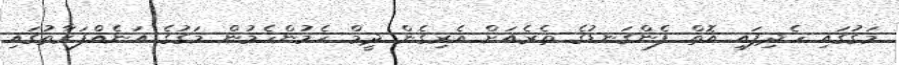
މަގުގައި ހެދިފައި އޮތް ފެންގަނޑުގެ ތެރެއަށް އެރިގެން ދީމް ހެމުންހެމުން މަގުގެ އަނެއްފަރާތުގައި